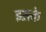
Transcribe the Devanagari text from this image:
इस़के